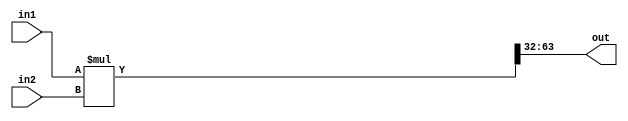
`timescale 1ns / 1ps

/*******************************************************************
*
* Module: Datapath.v
* Project: Pipelined-RISCV
* Author1: Yahya Abbas.
* Author2: Ali Ghazal.
* Author3: Omer Hassan.
* Description: Pipelined RISCV processor with support for RV32IC instructions that map to true 32I instructions
*              and support for the full RV32IM instruction set.
* Change history:
**********************************************************************/


module mulh(
    input [31:0] in1, 
    input [31:0] in2, 
    output [31:0] out);
    
wire [63:0] result;

assign result = $signed(in1) * $signed (in2);
assign out = result[63:32];

endmodule